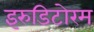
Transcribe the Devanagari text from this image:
इरुडिटोरम